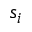
s _ { i }